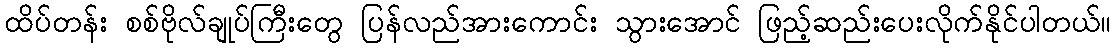
ထိပ်တန်း စစ်ဗိုလ်ချုပ်ကြီးတွေ ပြန်လည်အားကောင်း သွားအောင် ဖြည့်ဆည်းပေးလိုက်နိုင်ပါတယ်။